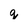
Character: g